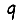
Digit: 9